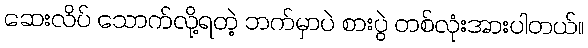
ဆေးလိပ် သောက်လို့ရတဲ့ ဘက်မှာပဲ စားပွဲ တစ်လုံးအားပါတယ်။